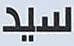
سيد